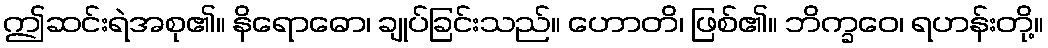
ဤဆင်းရဲအစု၏။ နိရောဓော၊ ချုပ်ခြင်းသည်။ ဟောတိ၊ ဖြစ်၏။ ဘိက္ခဝေ၊ ရဟန်းတို့။